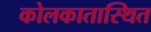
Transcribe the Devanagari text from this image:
कोलकातास्थित